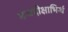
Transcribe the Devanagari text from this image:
मन्त्रदीक्षाभिर्र्ध